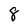
Character: 8